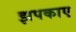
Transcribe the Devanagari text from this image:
झपकाए